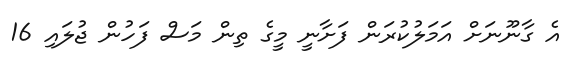
އެ ގާނޫނަށް އަމަލުކުރަން ފަށާނީ މީގެ ތިން މަސް ފަހުން ޖުލައި 16